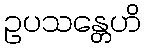
ဥပသန္တေဟိ